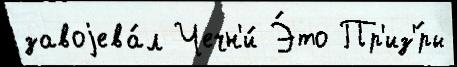
завоjева́л Чечн'и́ Э́то Пр'из'́ры